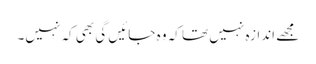
مجھے اندازہ نہیں تھا کہ وہ جائیں گی بھی کہ نہیں۔